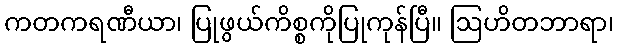
ကတကရဏီယာ၊ ပြုဖွယ်ကိစ္စကိုပြုကုန်ပြီ။ ဩဟိတဘာရာ၊